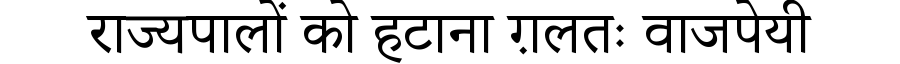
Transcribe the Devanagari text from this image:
राज्यपालों को हटाना ग़लतः वाजपेयी